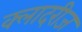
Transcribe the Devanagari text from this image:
क्लादरीज